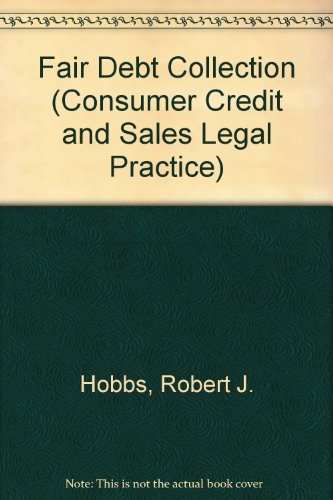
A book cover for Fair Debt Collection (Consumer Credit and Sales Legal Practice); Robert J. Hobbs; Law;